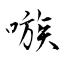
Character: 嗾